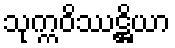
သုက္ကဝိဿဋ္ဌိယာ